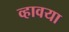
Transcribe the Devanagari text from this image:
व्हावया